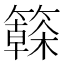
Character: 𱸫